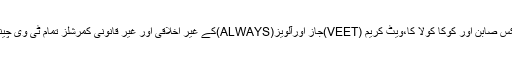
پیمرا کے مطابق لکس صابن اور کوکا کولا کا،ویٹ کریم (VEET)جاز اورآلویز(ALWAYS)کے غیر اخلاقی اور غیر قانونی کمرشلز تمام ٹی وی چینلز پر آن ائیر ہوئے۔